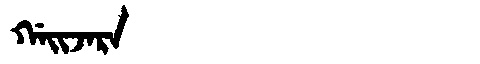
Manchu: ᡤᠠᡳᠵᠠᡵᠠ
Romanization: GAIJARA